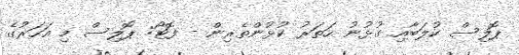
ޕޮލިސް ކުލަބާއި ގުޅުނު ހަތަރު ކުޅުންތެރިން - ފޮޓޯ: ޕޮލިސް މި އަހަރުގެ